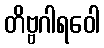
တိဗ္ဗဂါရဝေါ